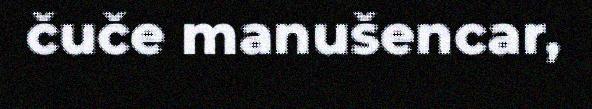
čuče manušencar,